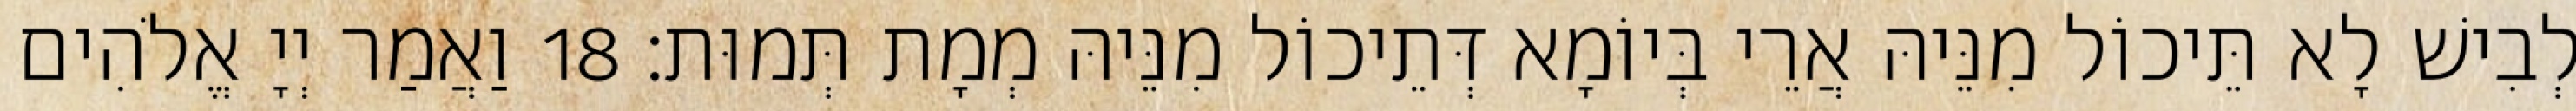
לְבִישׁ לָא תֵּיכוֹל מִנֵּיהּ אֲרֵי בְּיוֹמָא דְּתֵיכוֹל מִנֵּיהּ מְמָת תְּמוּת׃ 18 וַאֲמַר יְיָ אֱלֹהִים